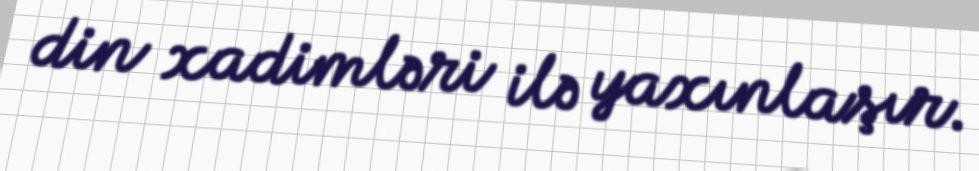
din xadimləri ilə yaxınlaşır.